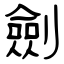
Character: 劍